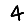
Digit: 4